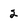
Character: 2